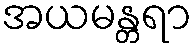
အယမန္တရာ